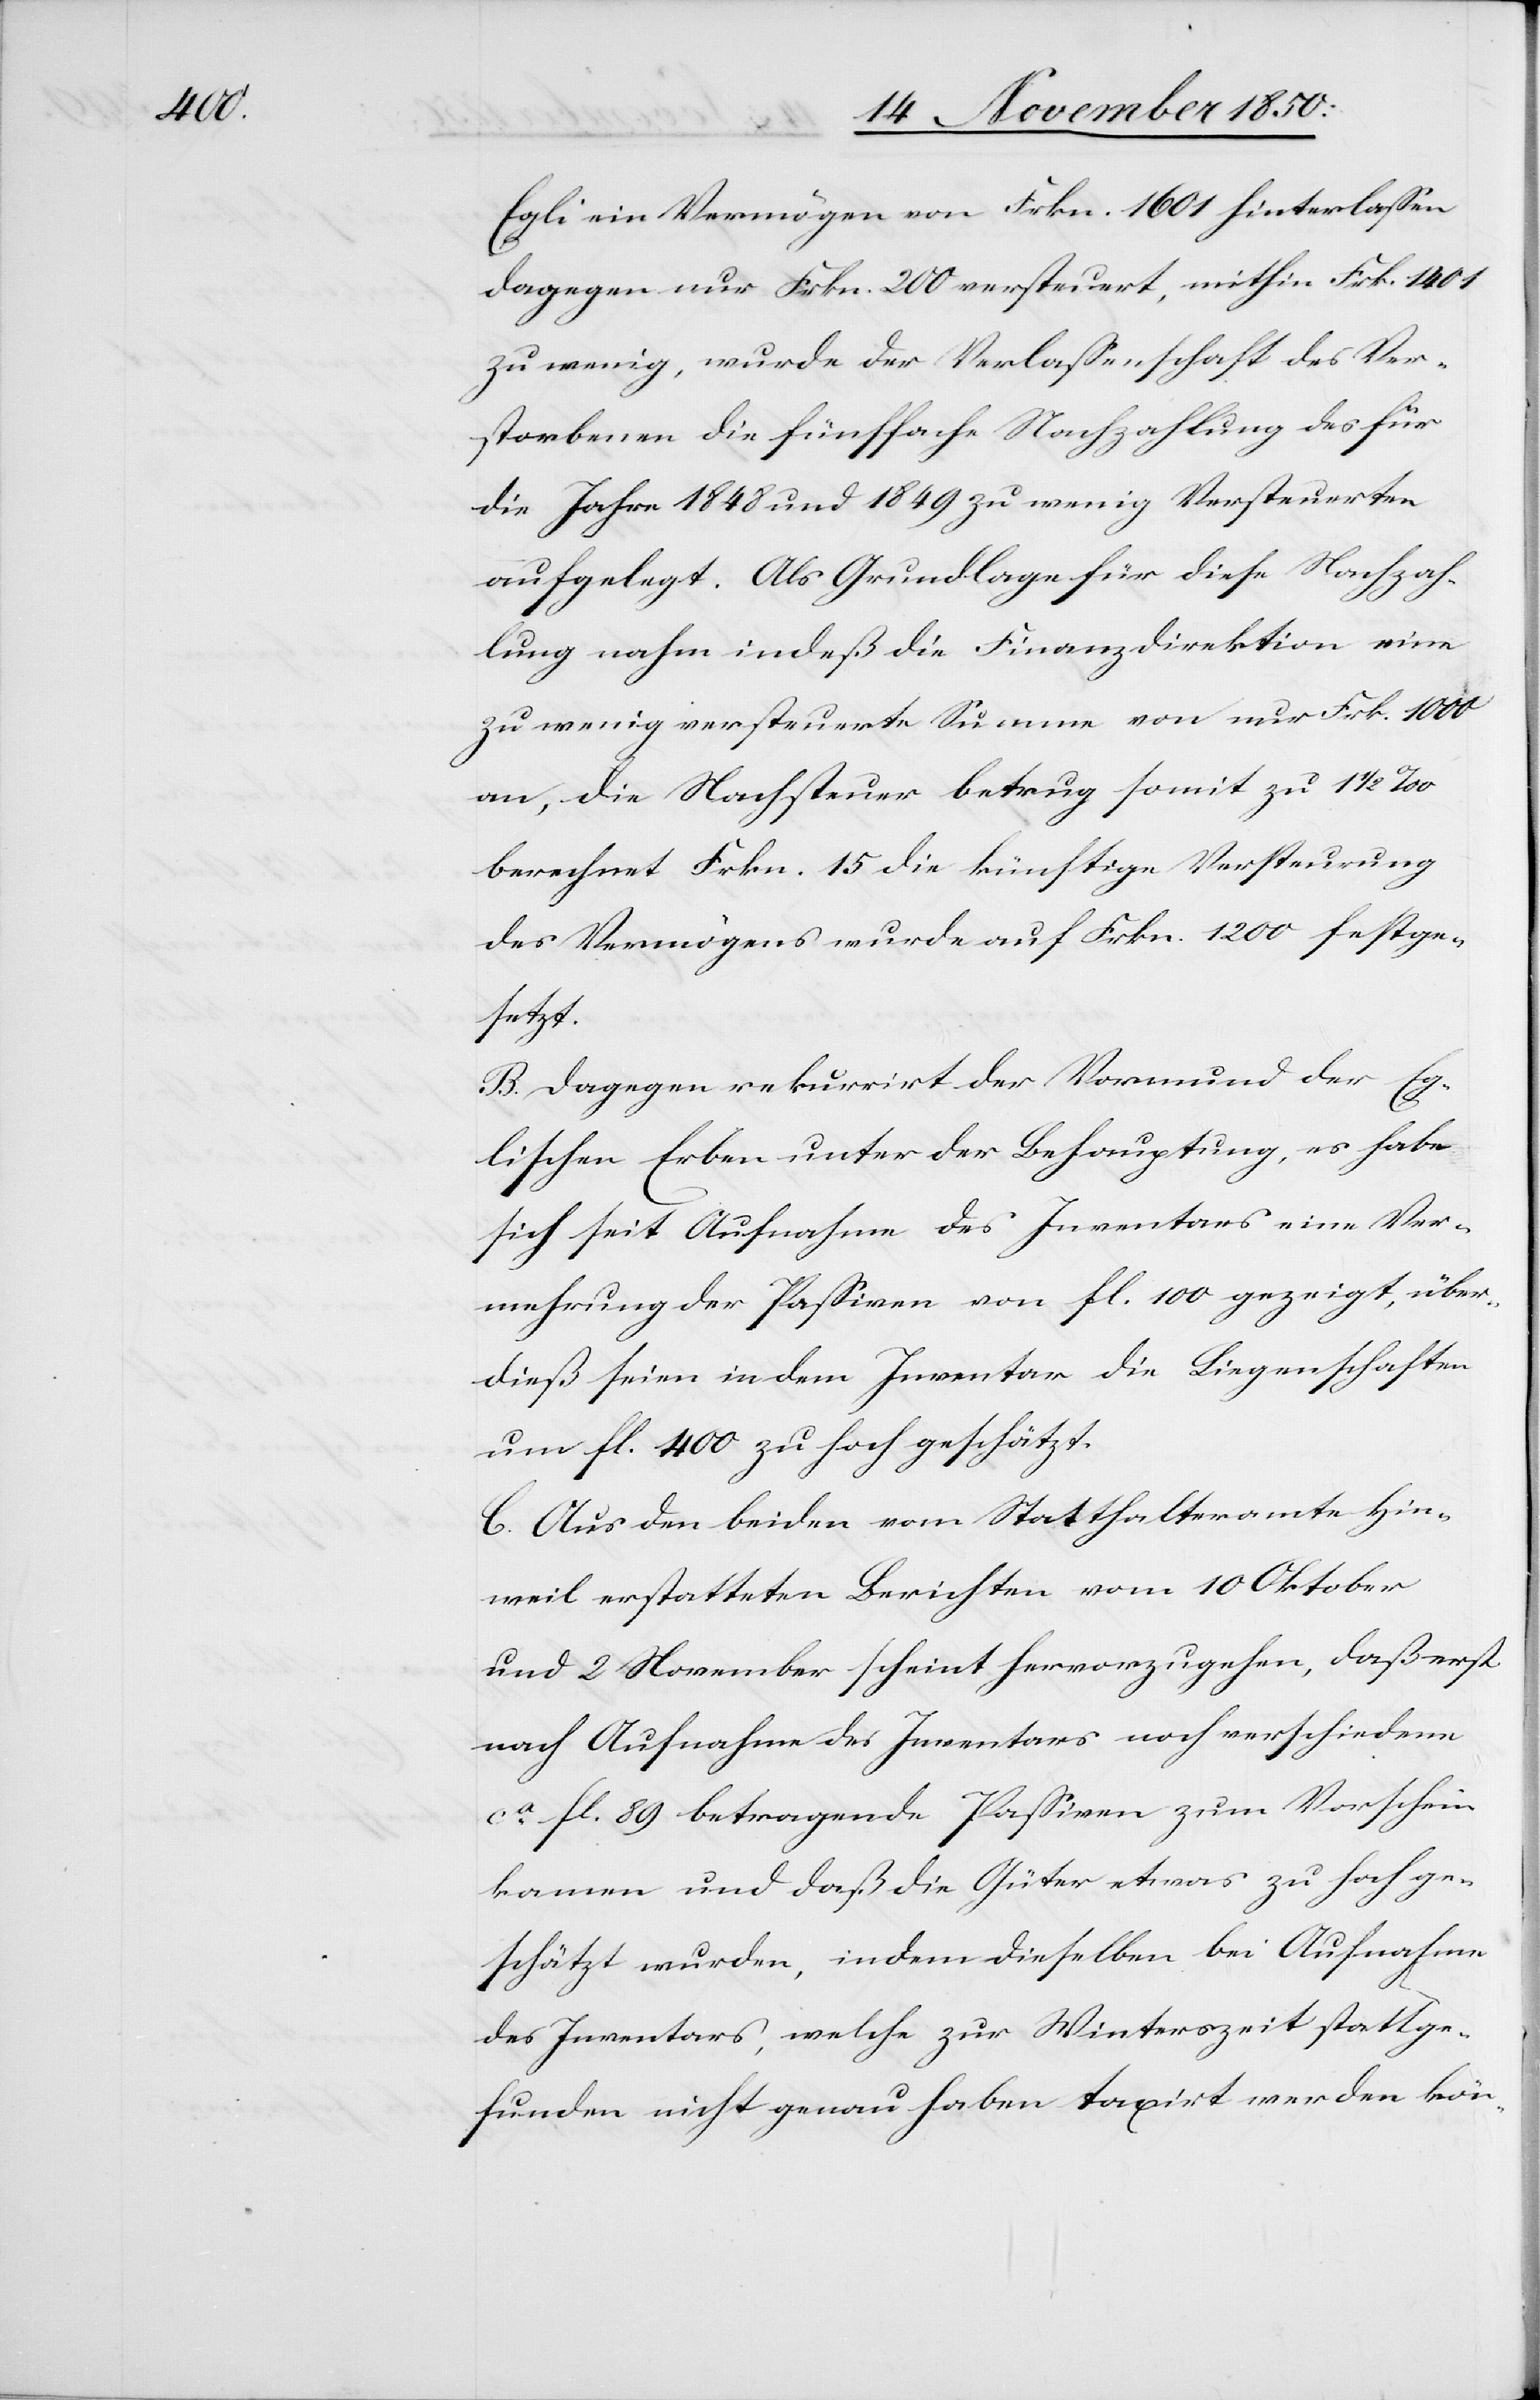
Egli ein Vermögen von Frkn. 1601 hinterlassen
dagegen nur Frkn. 200 versteuert, mithin Frk. 1401
zu wenig, wurde der Verlassenschaft des Ver¬
storbenen die fünffache Nachzahlung des für
die Jahre 1848 und 1849 zu wenig Versteuerten
aufgelegt. Als Grundlage für diese Nachzah¬
lung nahm indeß die Finanzdirektion eine
zu wenig versteuerte Summe von nur Frk. 1000
an, die Nachsteuer betrug somit zu 1 1/2
berechnet Frkn. 15 die künftige Versteurung
des Vermögens wurde auf Frkn. 1200 festge¬
setzt.
B. Dagegen rekurrirt der Vormund der Eg¬
lischen Erben unter der Behauptung, es habe
sich seit Aufnahme des Inventars eine Ver¬
mehrung der Passiven von fl. 100 gezeigt, über¬
dieß seien in dem Inventar die Liegenschaften
um fl. 400 zu hoch geschätzt.
C. Aus den beiden vom Statthalteramte Hin¬
weil erstatteten Berichten vom 10 Oktober
und 2 November scheint hervorzugehen, daß erst
nach Aufnahme des Inventars noch verschiedene
ca fl 89 betragende Passiven zum Vorschein
kamen und daß die Güter etwas zu hoch ge¬
schätzt wurden, indem dieselben bei Aufnahme
des Inventars, welche zur Winterszeit stattge¬
funden nicht genau haben taxirt werden kön-